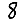
Digit: 8